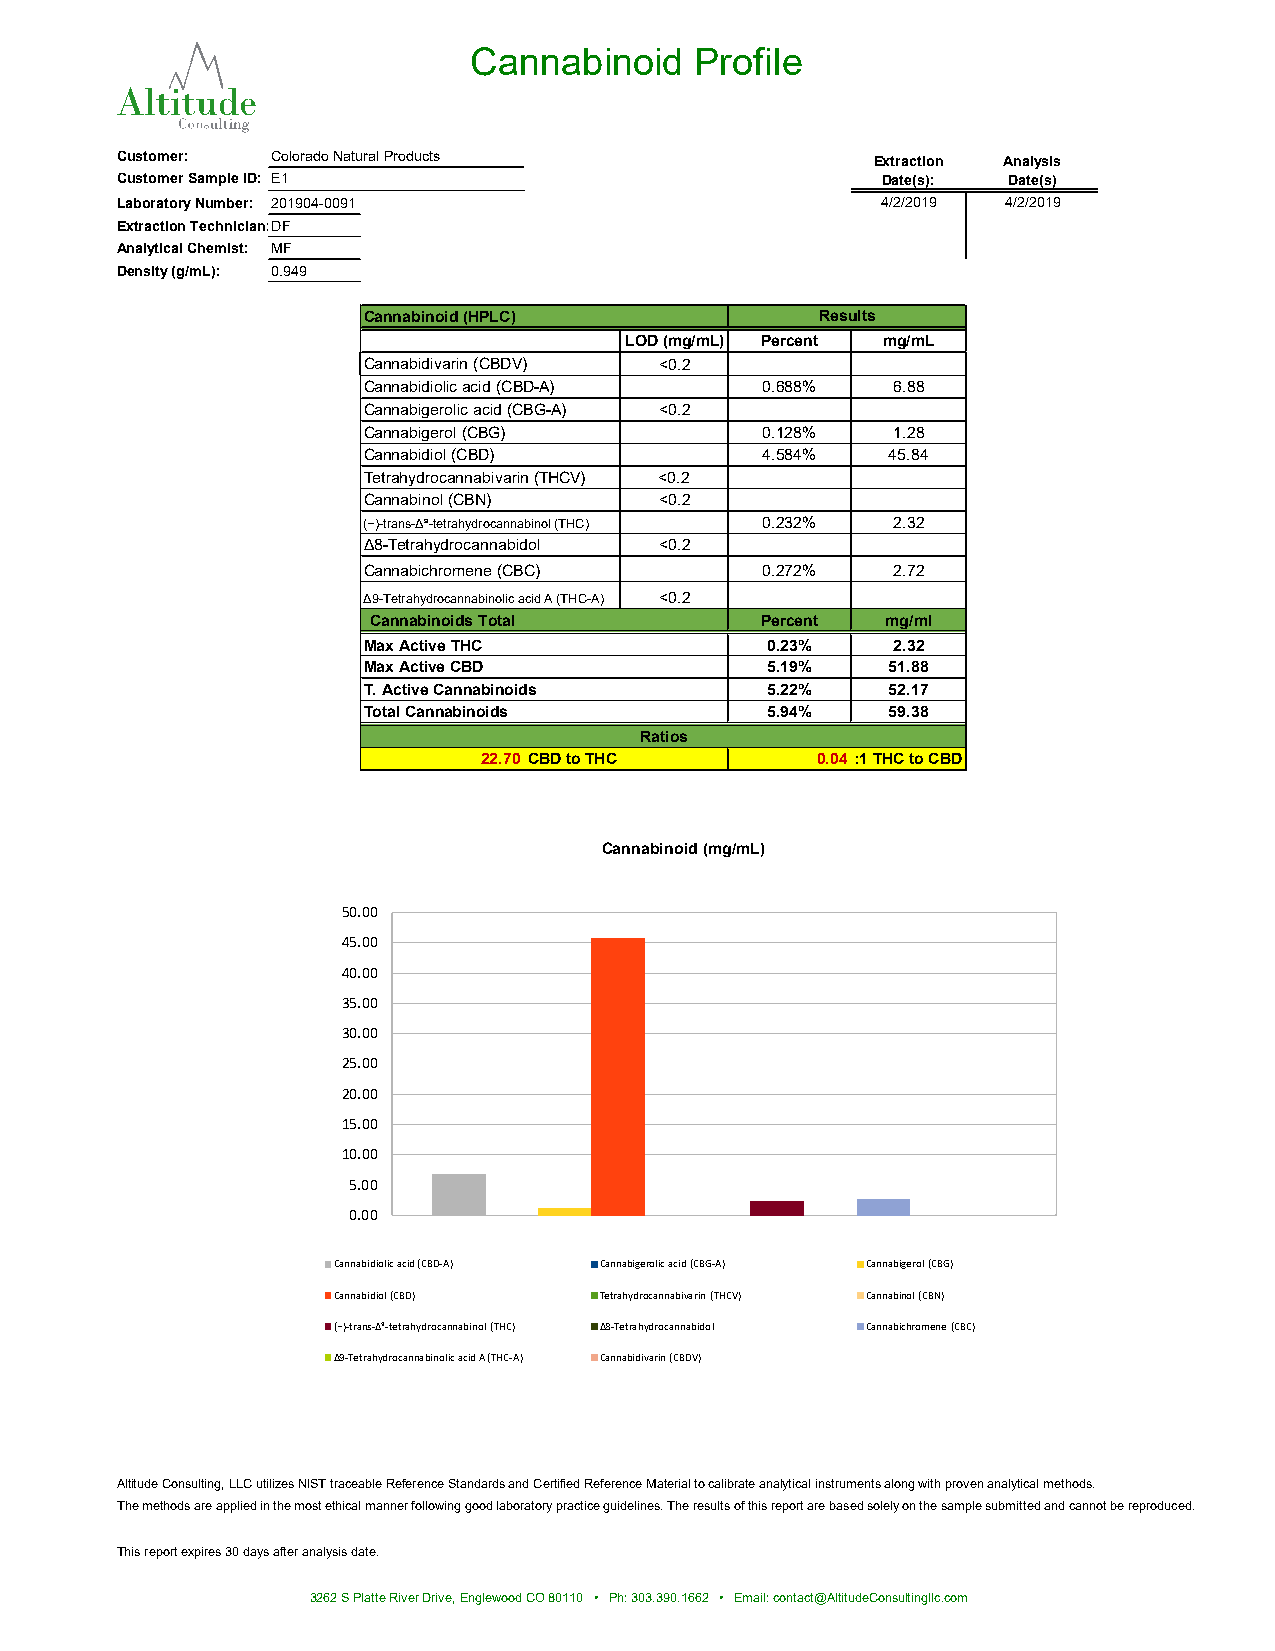
Cannabinoid    Profile
 Customer: Colorado Natural Products               Extraction Analysis
 Customer Sample ID: E1                            Date(s): Date(s)
 Laboratory Number: 201904-0091                    4/2/2019 4/2/2019
 Extraction Technician:DF
 Analytical Chemist: MF
 Density (g/mL): 0.949
 Cannabinoid (HPLC)            Results
 LOD (mg/mL) Percent mg/mL
 Cannabidivarin (CBDV) <0.2
 Cannabidiolic acid (CBD-A) 0.688%  6.88
 Cannabigerolic acid (CBG-A) <0.2
 Cannabigerol (CBG)         0.128%  1.28
 Cannabidiol (CBD)          4.584%  45.84
 Tetrahydrocannabivarin (THCV) <0.2
 Cannabinol (CBN)    <0.2
 (−)-trans-Δ⁹-tetrahydrocannabinol (THC) 0.232% 2.32
 Δ8-Tetrahydrocannabidol <0.2
 Cannabichromene (CBC)      0.272%  2.72
 Δ9-Tetrahydrocannabinolic acid A (THC-A) <0.2
 Cannabinoids Total       Percent  mg/ml
 Max Active THC             0.23%   2.32
 Max Active CBD             5.19%   51.88
 T. Active Cannabinoids     5.22%   52.17
 Total Cannabinoids         5.94%   59.38
 Ratios
 22.7:01 CBD to THC    0.04 :1 THC to CBD
 Cannabinoid (mg/mL)
 50.00
 45.00
 40.00
 35.00
 30.00
 25.00
 20.00
 15.00
 10.00
 5.00
 0.00
 Cannabidiolic acid (CBD-A) Cannabigerolic acid (CBG-A) Cannabigerol (CBG)
 Cannabidiol (CBD) Tetrahydrocannabivarin (THCV) Cannabinol (CBN)
 (−)-trans-Δ⁹-tetrahydrocannabinol (THC) Δ8-Tetrahydrocannabidol Cannabichromene (CBC)
 Δ9-Tetrahydrocannabinolic acid A (THC-A) Cannabidivarin (CBDV)
 Altitude Consulting, LLC utilizes NIST traceable Reference Standards and Certified Reference Material to calibrate analytical instruments along with proven analytical methods.
 The methods are applied in the most ethical manner following good laboratory practice guidelines. The results of this report are based solely on the sample submitted and cannot be reproduced.
 This report expires 30 days after analysis date.
 3262 S Platte River Drive, Englewood CO 80110 • Ph: 303.390.1662 • Email: contact@AltitudeConsultingllc.com